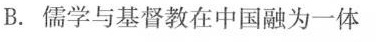
B.儒学与基督教在中国融为一体